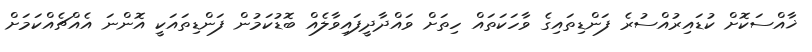
ޚާއްސަކޮށް ކުޑައިރުއްސުރެ ފަންޑިތައިގެ ވާހަކަތައް ހިތަށް ވައްދާދީފައިވާލެއް ބޮޑުކަމުން ފަންޑިތައަކީ އޮންނަ އެއްޗެއްކަމަށް